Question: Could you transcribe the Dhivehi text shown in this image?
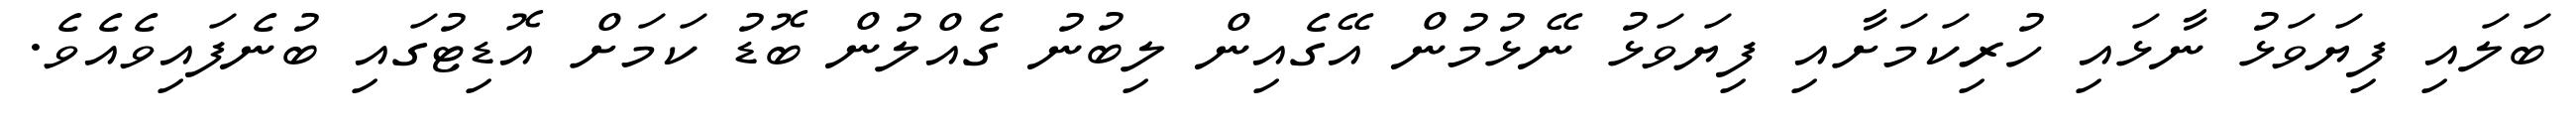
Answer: ބަލައި ފިޔަވަޅު ނާޅައި ހުރިކަމަށާއި ފިޔަވަޅު ނޭޅުމުން އޭގެއިން ލިބުނު ގެއްލުން ބޮޑު ކަމަށް އޮޑިޓުގައި ބުނެފައިވެއެވެ.